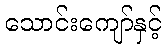
သောင်းကျော်နှင့်